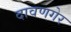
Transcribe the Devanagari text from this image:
दावणगेर